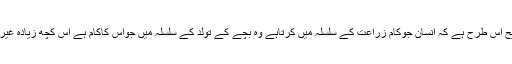
اس دلیل کی تشریح اس طرح ہے کہ انسان جوکام زراعت کے سلسلہ میں کرتاہے وہ بچّے کے تولد کے سلسلہ میں جواس کاکام ہے اس کچھ زیادہ غیر مشابہ نہیں ہے ۔